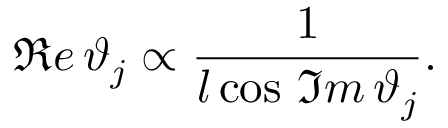
\Re e \, \vartheta _ { j } \propto \frac { 1 } { l \cos \, \Im m \, \vartheta _ { j } } .